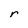
Character: r